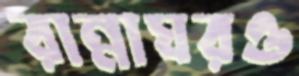
রান্নাঘরও